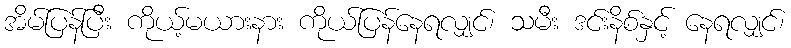
အိမ်ပြန်ပြီး ကိုယ့်မယားနား ကိုယ်ပြန်နေရလျှင်၊ သမီး ဒင်းနိစ်နှင့် နေရလျှင်၊